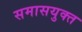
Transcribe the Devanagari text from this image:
समासयुक्त